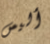
أليس